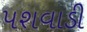
પશવાડી